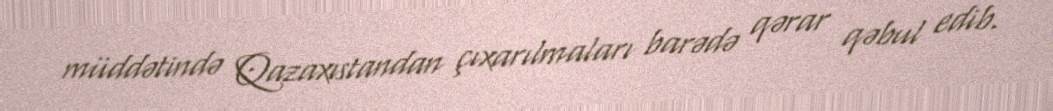
müddətində Qazaxıstandan çıxarılmaları barədə qərar qəbul edib.